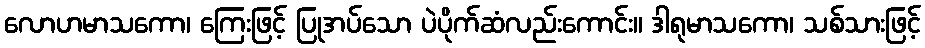
လောဟမာသကော၊ ကြေးဖြင့် ပြုအပ်သော ပဲပိုက်ဆံလည်းကောင်း။ ဒါရုမာသကော၊ သစ်သားဖြင့်